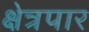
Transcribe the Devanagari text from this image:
क्षेत्रपार